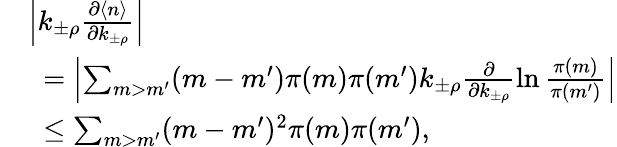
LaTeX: \begin{array}{rl}&{\left|k_{\pm\rho}\frac{\partial\langle n\rangle}{\partial k_{\pm\rho}}\right|}\\ &{\ =\left|\sum_{m>m^{\prime}}(m-m^{\prime})\pi(m)\pi(m^{\prime})k_{\pm\rho}\frac{\partial}{\partial k_{\pm\rho}}\ln\frac{\pi(m)}{\pi(m^{\prime})}\right|}\\ &{\ \le\sum_{m>m^{\prime}}(m-m^{\prime})^{2}\pi(m)\pi(m^{\prime}),}\end{array}